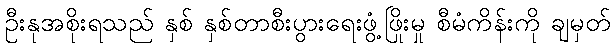
ဦးနုအစိုးရသည် နှစ် နှစ်တာစီးပွားရေးဖွံ့ဖြိုးမှု စီမံကိန်းကို ချမှတ်